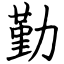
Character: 勤